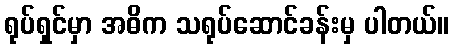
ရုပ်ရှင်မှာ အဓိက သရုပ်ဆောင်ခန်းမှ ပါတယ်။